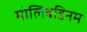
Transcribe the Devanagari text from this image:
मोलिबडिनम